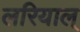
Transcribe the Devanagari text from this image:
लरियाल्